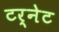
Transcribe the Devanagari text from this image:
टर्नेट